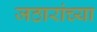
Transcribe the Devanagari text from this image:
जठारांच्या